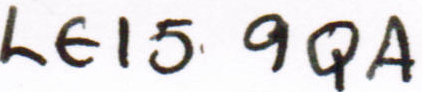
LE15 9QA